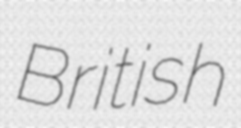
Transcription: British